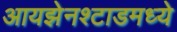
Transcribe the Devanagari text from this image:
आयझेनश्टाडमध्ये